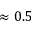
\approx 0 . 5